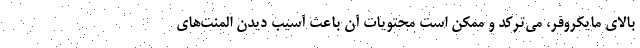
بالای مایکروفر، می‌ترکد و ممکن است محتویات آن باعث آسیب دیدن المنت‌های